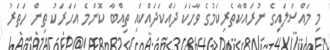
މި މައްސަލައިގެ ނުރައްކާތެރިކަމުގެ ވާހަކަ ދައްކަދައްކައި ތިއްބާ ކޮންމެ އަހަރަކު ތިން ހަތަރު